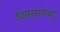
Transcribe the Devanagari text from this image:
डझनांच्या